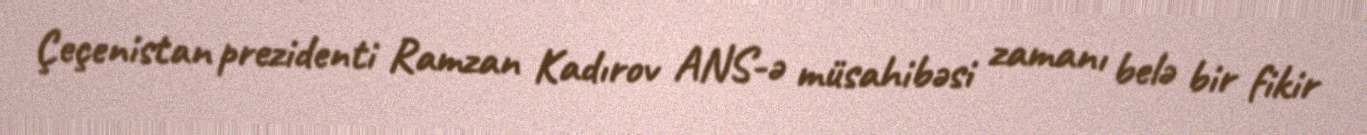
Çeçenistan prezidenti Ramzan Kadırov ANS-ə müsahibəsi zamanı belə bir fikir